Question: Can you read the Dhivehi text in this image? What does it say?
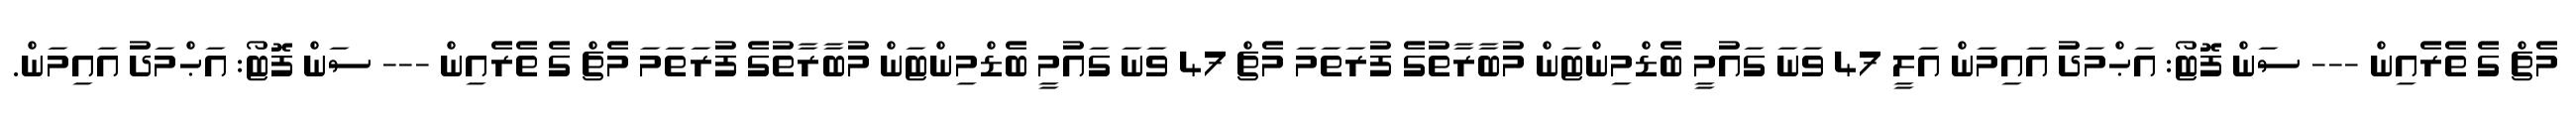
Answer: މެޗް ގެ ތެރެއިން --- ސަން ފޮޓޯ: އަޙްމަދު އައިމަން އަލީ 47 ވަނަ ގައުމީ ބެޑްމިންޓަން މުބާރާތުގެ ފުރަތަމަ މެޗް 47 ވަނަ ގައުމީ ބެޑްމިންޓަން މުބާރާތުގެ ފުރަތަމަ މެޗް ގެ ތެރެއިން --- ސަން ފޮޓޯ: އަޙްމަދު އައިމަން.